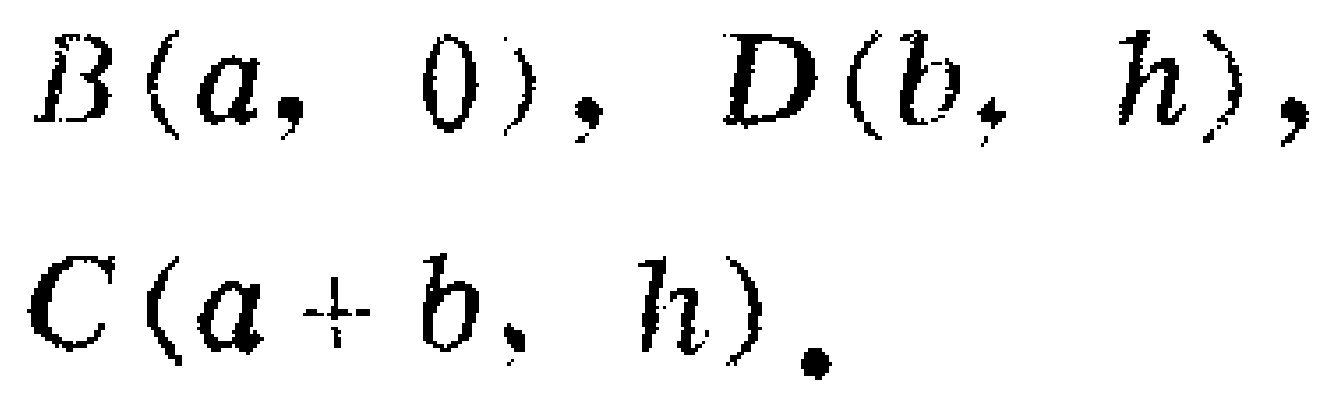
$B(a,0),D(b,h),\\C(a + b,h).$